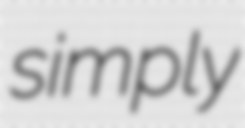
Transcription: simply